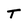
Character: T